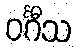
ဝင်္ဂီသ